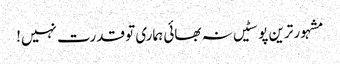
مشہور ترین پوسٹیں	نہ بھائی ہماری تو قدرت نہیں!